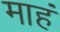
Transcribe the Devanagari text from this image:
माहं